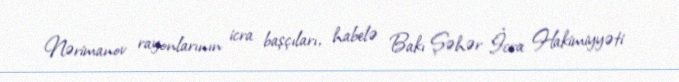
Nərimanov rayonlarının icra başçıları, habelə Bakı Şəhər İcra Hakimiyyəti